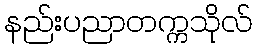
နည်းပညာတက္ကသိုလ်